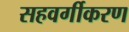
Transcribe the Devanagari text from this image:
सहवर्गीकरण